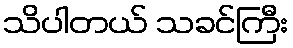
သိပါတယ် သခင်ကြီး